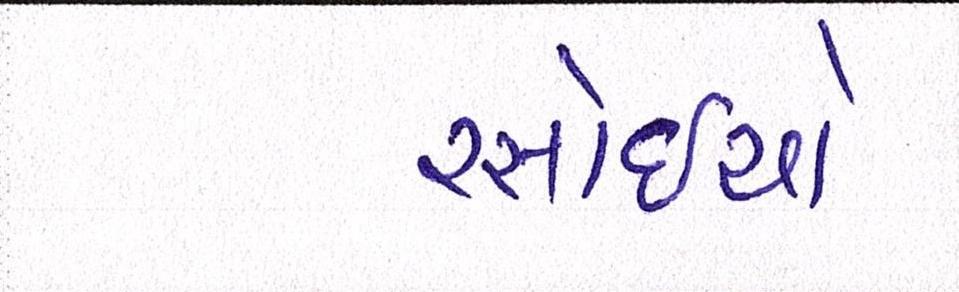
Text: રસોઈયો